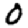
Digit: 0